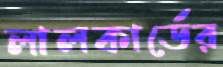
লালকার্ডের